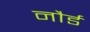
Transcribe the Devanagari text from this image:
नौर्ड